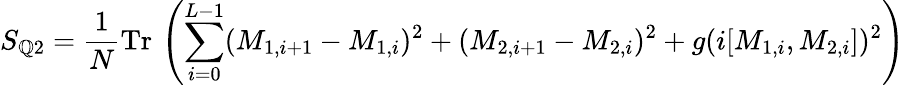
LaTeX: S_{\mathbb{Q}2}=\frac{{1}}{{N}}\mathrm{{Tr}}\, \left(\sum_{i=0}^{L-1}(M_{1,i+1}-M_{1,i})^{2}+(M_{2,i+1}-M_{2,i})^{2}+g(i[M_{1,i},M_{2,i}])^{2}\right)